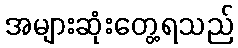
အများဆုံးတွေ့ရသည်